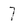
Character: 7